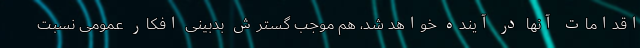
اقدامات آنها در آینده خواهد شد، هم موجب گسترش بدبینی افکار عمومی نسبت